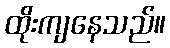
ထိုးကျနေသည်။